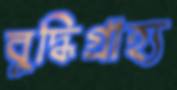
বুদ্ধিগ্রাহ্য